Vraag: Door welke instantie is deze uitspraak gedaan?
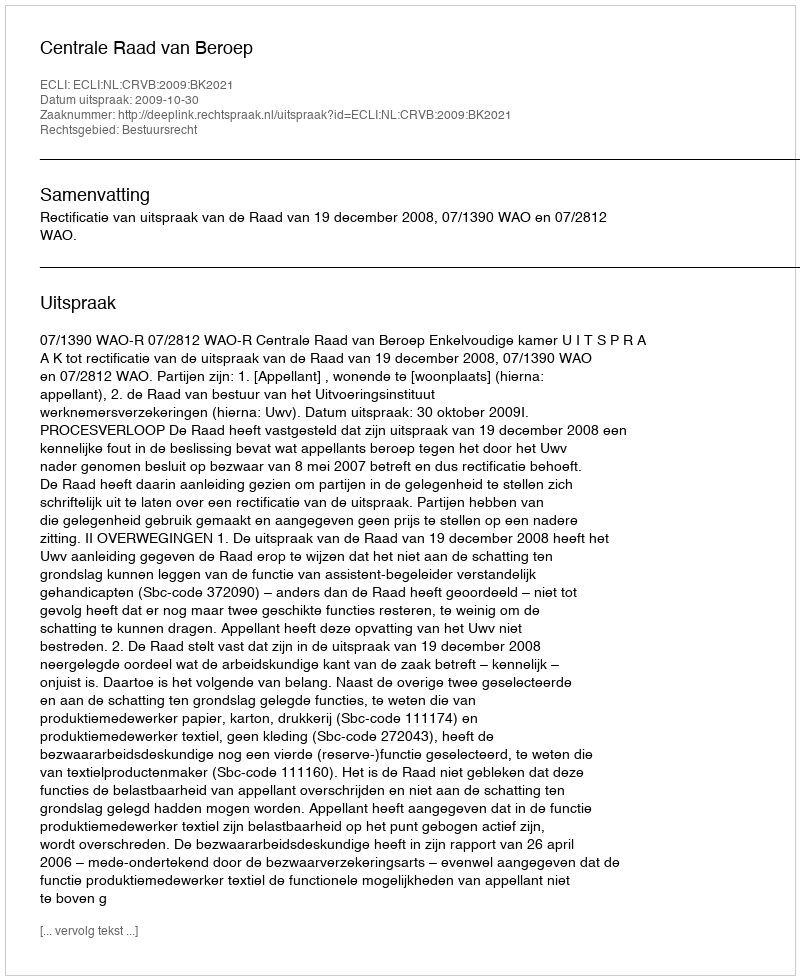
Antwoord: Centrale Raad van Beroep